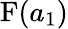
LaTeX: \mathrm{F}(a_{1})